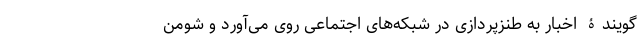
گویندۀ اخبار به طنز‌پردازی در شبکه‌های اجتماعی روی می‌آورد و شومن